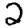
Digit: 2